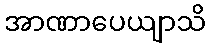
အာဏာပေယျာသိ